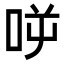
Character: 𠱘